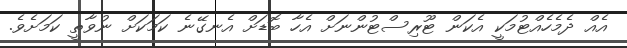
އެއް ދެމެހެއްޓުމަކީ އެކަން ޓޫރިސްޓުންނަށް އެހާ ބޮޑަށް އެނގޭނެ ކަމަކަށް ނުވާތީ ކަމަށެވެ.